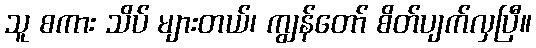
သူ စကား သိပ် များတယ်၊ ကျွန်တော် စိတ်ပျက်လှပြီ။